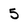
Character: 5